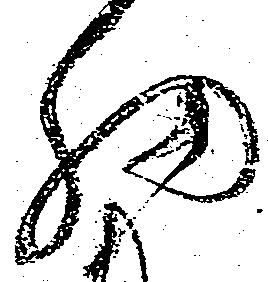
細